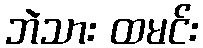
ဘဲသား ထမင်း